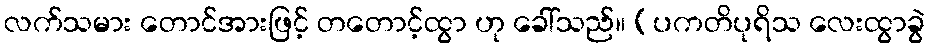
လက်သမား တောင်အားဖြင့် တတောင့်ထွာ ဟု ခေါ်သည်။ (ပကတိပုရိသ လေးထွာခွဲ